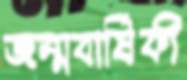
জম্মবার্ষিকী